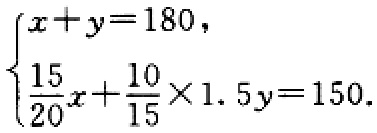
$\begin{cases}
x + y = 180,\\
\frac{15}{20}x+\frac{10}{15}\times1.5y = 150.
\end{cases}$